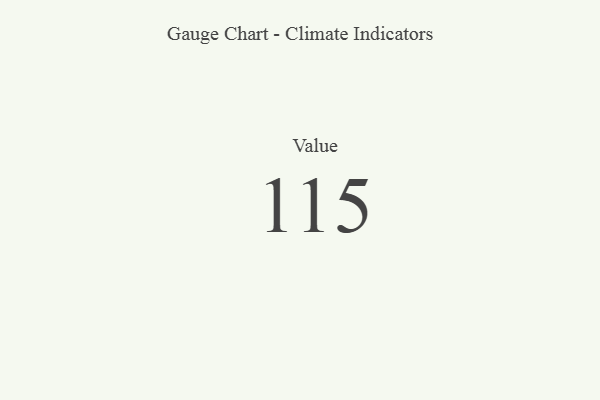
{"axis": {"x": "Metric", "y": "Value"}, "legend": [""], "data": [{"x": "Value", "y": 115, "type": ""}]}